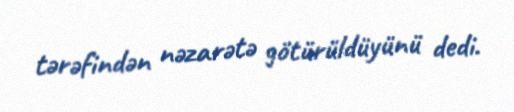
tərəfindən nəzarətə götürüldüyünü dedi.